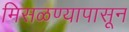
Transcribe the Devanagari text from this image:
मिसळण्यापासून